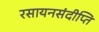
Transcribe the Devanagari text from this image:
रसायनसंदीप्ति